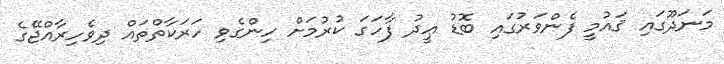
މަނަދޫގައި ޤައުމީ ފެންވަރުގައި ބޮޑު ޢީދު ފާހަގަ ކުރުމަށް ހިންގެވި ހަރަކާތްތައް ދިވެހިރާއްޖޭގެ